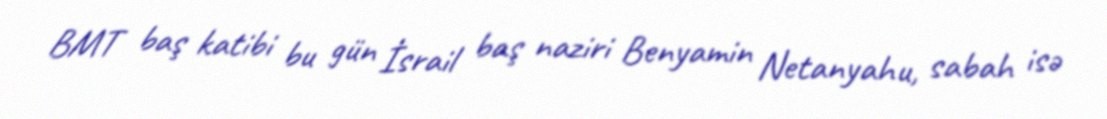
BMT baş katibi bu gün İsrail baş naziri Benyamin Netanyahu, sabah isə